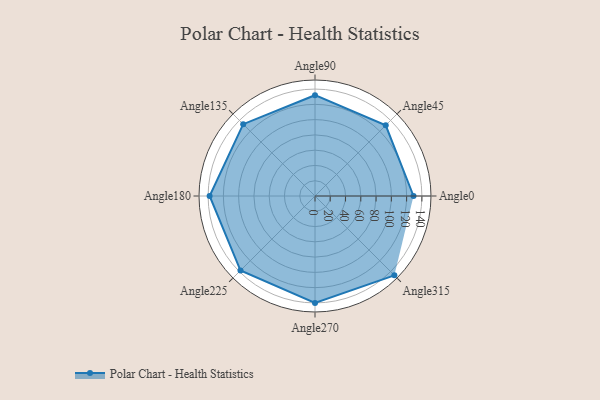
{"axis": {"x": "Angle", "y": "Radius"}, "legend": [""], "data": [{"x": "Angle0", "y": 129.0, "type": ""}, {"x": "Angle45", "y": 131.0, "type": ""}, {"x": "Angle90", "y": 132.0, "type": ""}, {"x": "Angle135", "y": 133.0, "type": ""}, {"x": "Angle180", "y": 138.0, "type": ""}, {"x": "Angle225", "y": 138.0, "type": ""}, {"x": "Angle270", "y": 140.0, "type": ""}, {"x": "Angle315", "y": 147.0, "type": ""}]}